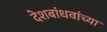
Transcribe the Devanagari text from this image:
देशबांधवांच्या